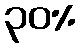
၃၀%